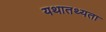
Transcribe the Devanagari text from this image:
यथातथ्‍यता